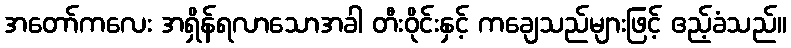
အတော်ကလေး အရှိန်ရလာသောအခါ တီးဝိုင်းနှင့် ကချေသည်များဖြင့် ဧည့်ခံသည်။